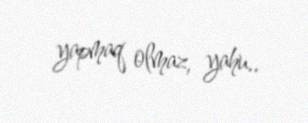
yapmaq olmaz, yahu..